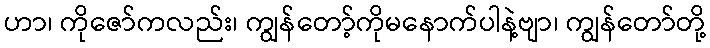
ဟာ၊ ကိုဇော်ကလည်း၊ ကျွန်တော့်ကိုမနောက်ပါနဲ့ဗျာ၊ ကျွန်တော်တို့